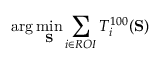
\arg \operatorname* { m i n } _ { \mathbf { S } } \sum _ { i \in R O I } T _ { i } ^ { 1 0 0 } ( \mathbf { S } )